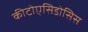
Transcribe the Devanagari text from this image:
कीटोएसिडोसिस